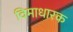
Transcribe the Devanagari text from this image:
विमाधारक